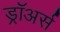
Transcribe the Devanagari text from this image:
ड्रॉअर्स